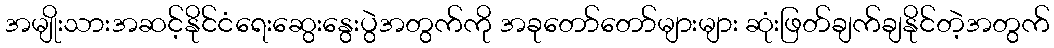
အမျိုးသားအဆင့်နိုင်ငံရေးဆွေးနွေးပွဲအတွက်ကို အခုတော်တော်များများ ဆုံးဖြတ်ချက်ချနိုင်တဲ့အတွက်